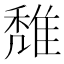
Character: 𨿖